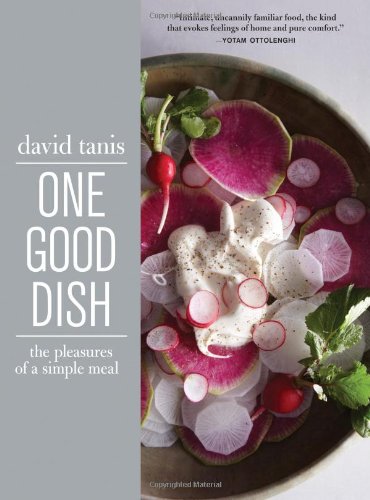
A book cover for One Good Dish; David Tanis; Cookbooks, Food & Wine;